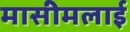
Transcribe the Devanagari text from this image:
मासीमलाई